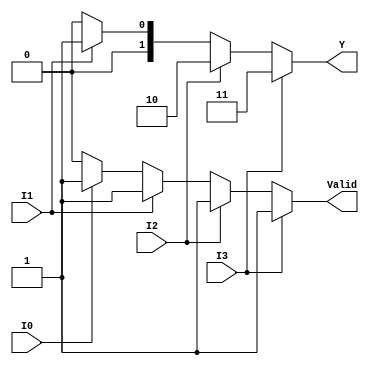
module priority_encoder_4to2 (
    input wire I0,   // Input 0
    input wire I1,   // Input 1
    input wire I2,   // Input 2
    input wire I3,   // Input 3
    output reg [1:0] Y,  // 2-bit output
    output reg Valid  // Valid output
);

always @(*) begin
    // Default values
    Y = 2'b00;      // Default output
    Valid = 1'b0;   // Default valid output

    // Check for active inputs in priority order
    if (I3) begin
        Y = 2'b11;  // Output for I3
        Valid = 1'b1;
    end else if (I2) begin
        Y = 2'b10;  // Output for I2
        Valid = 1'b1;
    end else if (I1) begin
        Y = 2'b01;  // Output for I1
        Valid = 1'b1;
    end else if (I0) begin
        Y = 2'b00;  // Output for I0
        Valid = 1'b1;
    end
end

endmodule